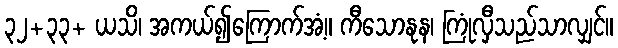
၃၂+၃၃+ ယသိ၊ အကယ်၍ကြောက်အံ့။ ကီသောနုန၊ ကြုံလှီသည်သာလျှင်။